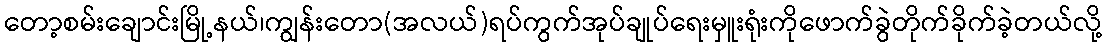
တော့စမ်းချောင်းမြို့နယ်၊ကျွန်းတော(အလယ်)ရပ်ကွက်အုပ်ချုပ်ရေးမှူးရုံးကိုဖောက်ခွဲတိုက်ခိုက်ခဲ့တယ်လို့